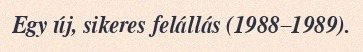
Egy új, sikeres felállás (1988–1989).